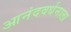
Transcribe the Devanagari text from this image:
आनंदवर्धनाला